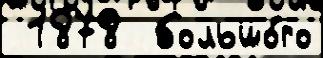
 1878  большо́го